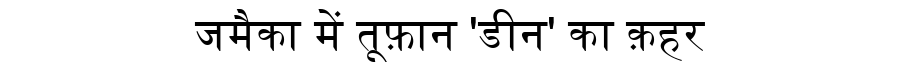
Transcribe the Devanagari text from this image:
जमैका में तूफ़ान 'डीन' का क़हर